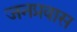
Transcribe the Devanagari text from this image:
जनप्रवास